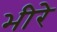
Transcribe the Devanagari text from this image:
भीरे